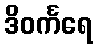
ဒိဝင်္ကရေ